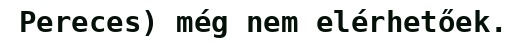
Pereces) még nem elérhetőek.